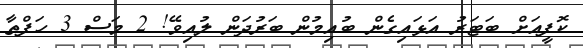
ކޮފީއަށް ބަޓަރު އަޅައިގެން ބުއިމުން ބަރުދަން ލުއިވޭ! 2 މަސް 3 ހަފްތާ